Lunatic asylums United Provinces 1909-1921 - 1909-1921
Year: 1909
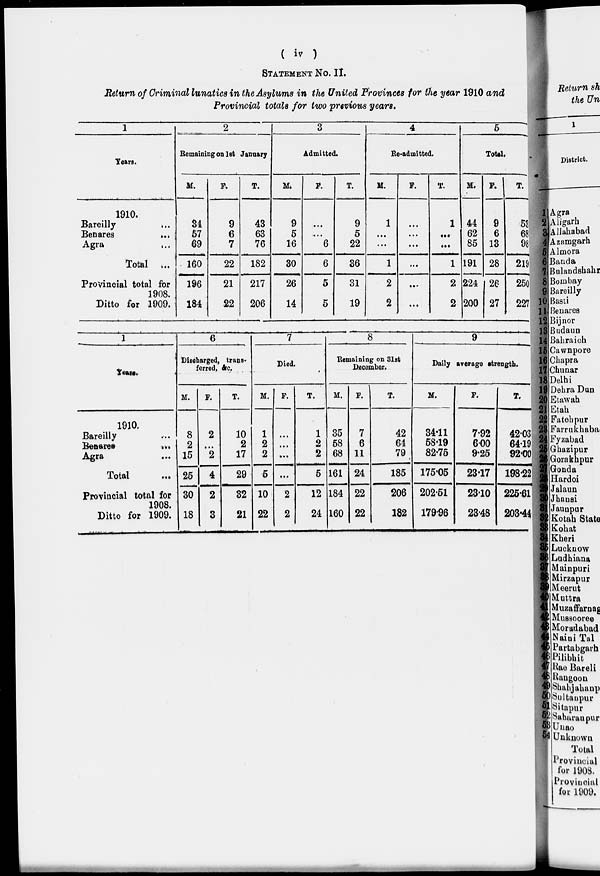
( iv )
STATEMENT NO. II.
Return of Criminal lunatics in the Asylums in the United Provinces for the year 1910 and
Provincial totals for two previous years.
1
Years.
1910.
Bareilly
...
Benares
...
Agra
Total ...
Provincial total for
1908.
Ditto for 1909.
2
Remaining on 1st January
M.
34
57
69
160
196
184
F.
9
6
7
22
21
22
T.
43
63
76
182
217
206
3
Admitted.
M.
9
5
16
30
26
14
F.
...
...
6
6
5
5
T.
9
5
22
36
31
19
4
Re-admitted.
M.
1
...
...
1
2
2
F.
...
...
...
...
...
...
T.
1
...
...
1
2
2
5
Total.
M.
44
62
85
191
224
200
F.
9
6
13
28
26
27
T.
53
68
98
218
250
227
1
Years.
1910.
Bareilly ...
Benares
...
Agra ...
Total ...
Provincial total for
1908.
Ditto for 1909.
6
Discharged, trans-
ferred, & c.
M.
8
2
15
25
30
18
F.
2
...
2
4
2
3
T.
10
2
17
29
32
21
7
Died.
M.
1
2
2
5
10
22
F.
...
...
...
...
2
2
T.
1
2
2
5
12
24
8
Remaining on 31st
December.
M.
35
58
68
161
184
160
F.
7
6
11
24
22
22
T.
42
64
79
185
206
182
9
Daily average strength.
M.
34.11
58.19
82.76
175.05
202.51
179.96
F.
7.92
6.00
9.25
23.17
23.10
23.48
T.
42.03
64.19
92.00
198.22
225.61
203.44